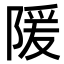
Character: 𫕉